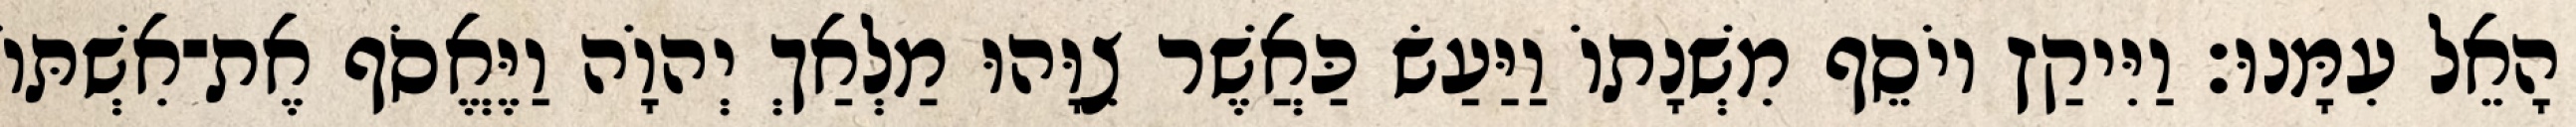
הָאֵל עִמָּנוּ׃ וַיִּיקַץ יוֹסֵף מִשְׁנָתוֹ וַיַּעַשׂ כַּאֲשֶׁר צִוָּהוּ מַלְאַךְ יְהוָֹה וַיֶּאֱסֹף אֶת־אִשְׁתּוֹ